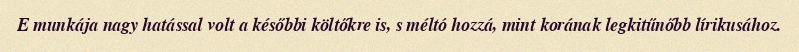
E munkája nagy hatással volt a későbbi költőkre is, s méltó hozzá, mint korának legkitűnőbb lírikusához.